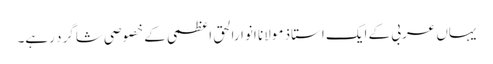
یہاں عربی کے ایک استاذ مولانا انوارالحق اعظمی کے خصوصی شاگرد رہے۔